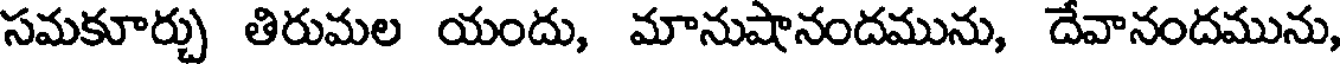
సమకూర్చు తిరుమల యందు, మానుషానందమును, దేవానందమును,